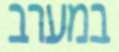
במערב